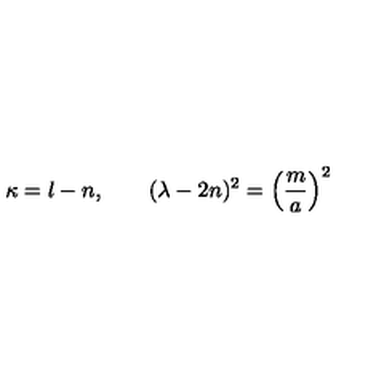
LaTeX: \kappa = l - n , \qquad ( \lambda - 2 n ) ^ { 2 } = \left( { \frac { m } { a } } \right) ^ { 2 }